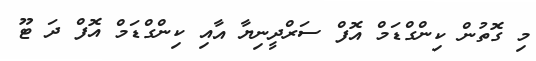
މި ގޮތުން ކިންގްޑަމް އޮފް ސަރްދީނިޔާ އާއި ކިންގްޑަމް އޮފް ދަ ޓޫ